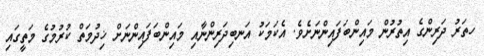
ހތަރު ދަރިންގެ އިތުރުން މައިންބަފައިންނަށެވެ. އެކަމަކު އަނބިދަރިންނާއި މައިންބަފައިންނަށް ޚިދުމަތް ކުރުމުގެ މަތީގައި